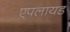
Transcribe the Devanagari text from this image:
एपलायड